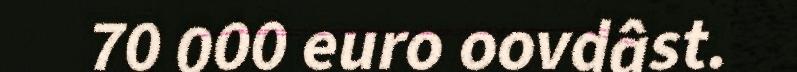
70 000 euro oovdâst.